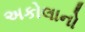
અકોલાનો